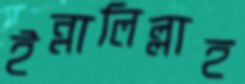
ইন্নালিল্লাহ